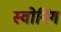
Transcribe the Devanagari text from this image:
स्वोनिंग